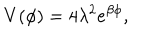
V ( \phi ) = 4 \lambda ^ { 2 } e ^ { \beta \phi } ,